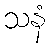
သနံ